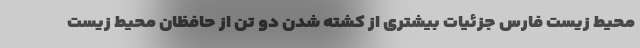
محیط زیست فارس جزئیات بیشتری از کشته شدن دو تن از حافظان محیط زیست